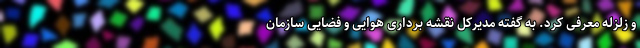
و زلزله معرفی کرد. به گفته مدیرکل نقشه برداری هوایی و فضایی سازمان